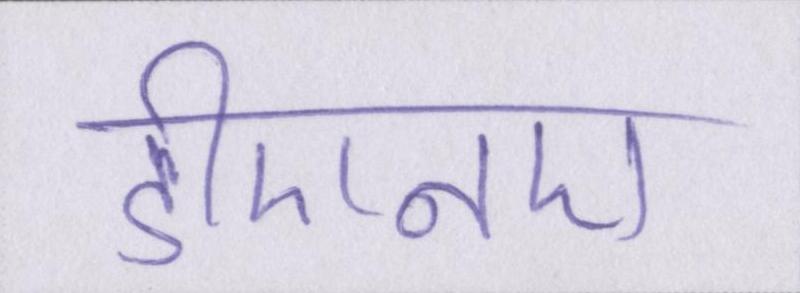
डीएनए